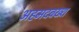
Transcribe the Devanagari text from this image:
अहमदबख्श